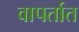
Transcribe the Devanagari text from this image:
वापर्तात